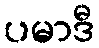
ပမာဒီ